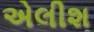
એલીશ